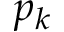
p _ { k }